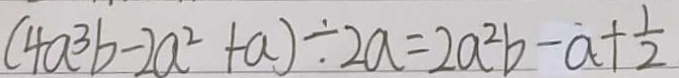
( 4 a ^ { 3 } b - 2 a ^ { 2 } + a ) \div 2 a = 2 a ^ { 2 } b - a + \frac { 1 } { 2 }